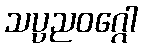
သပ္ပညဝဂ္ဂေါ